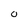
Character: O